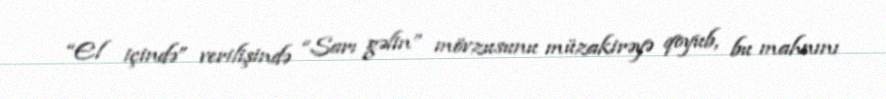
“El içində” verilişində “Sarı gəlin” mövzusunu müzakirəyə qoyub, bu mahnını